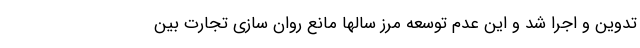
تدوین و اجرا شد و این عدم توسعه مرز سالها مانع روان سازی تجارت بین